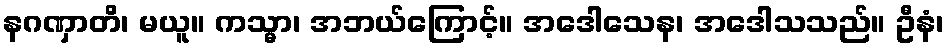
နဂဏှာတိ၊ မယူ။ ကသ္မာ၊ အဘယ်ကြောင့်။ အဒေါသေန၊ အဒေါသသည်။ ဦနံ၊